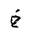
Letter: _kha